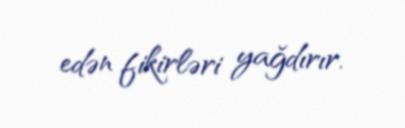
edən fikirləri yağdırır.